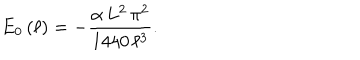
E _ { 0 } \left( \ell \right) = - \frac { \alpha \, L ^ { 2 } \, \pi ^ { 2 } } { 1 4 4 0 \, \ell ^ { 3 } } .